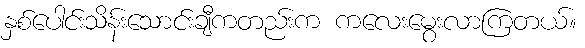
နှစ်ပေါင်းသိန်းသောင်းချီကတည်းက ကလေးမွေးလာကြတယ်။